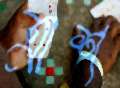
ত্রাশ